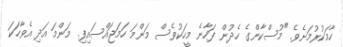
ހާމަކުރުމަށެވެ. "މުސްކާންގެ ހެދުން ފަހާނެ މީހަކުވެސް މަންމަ ހަމަޖައްސައިފި. މަންމަ އަދި އެވާހަކަ